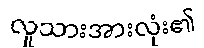
လူသားအားလုံး၏